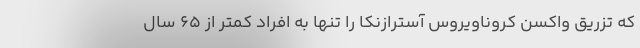
که تزریق واکسن کروناویروس آسترازنکا را تنها به افراد کمتر از 65 سال